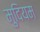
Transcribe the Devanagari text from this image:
मुदियम